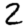
Digit: 2